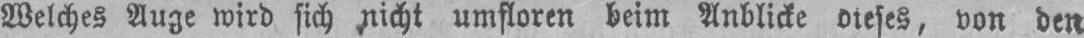
Welches Auge wird sich nicht umfloren beim Anblicke dieses, von den